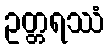
ဥတ္တရဿံ